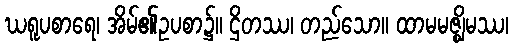
ဃရူပစာရေ၊ အိမ်၏ဥပစာ၌။ ဌိတဿ၊ တည်သော။ ထာမမဇ္ဈိမဿ၊